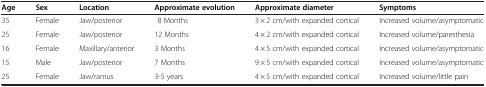
| Age | Sex | Location | Approximate evolution | Approximate diameter | Symptoms |
 | --- | --- | --- | --- | --- | --- |
 | 35 | Female | Jaw/posterior | 8 Months | 3 × 2 cm/with expanded cortical | Increased volume/asymptomatic |
 | 25 | Female | Jaw/posterior | 12 Months | 4 × 2 cm/with expanded cortical | Increased volume/paresthesia |
 | 16 | Female | Maxillary/anterior | 3 Months | 4 × 5 cm/with expanded cortical | Increased volume/asymptomatic |
 | 15 | Male | Jaw/posterior | 7 Months | 9 × 5 cm/with expanded cortical | Increased volume/asymptomatic |
 | 25 | Female | Jaw/ramus | 3-5 years | 4 × 5 cm/with expanded cortical | Increased volume/little pain |